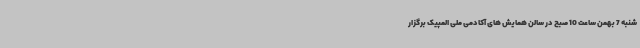
شنبه 7 بهمن ساعت 10 صبح در سالن همایش های آکادمی ملی المپیک برگزار